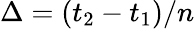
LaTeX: \Delta=\left(t_{2}-t_{1}\right)/n